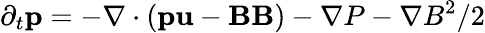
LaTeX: \partial_{t}\mathbf{p}=-\mathbf{\nabla}\cdot\left(\mathbf{p}\mathbf{u}-\mathbf{B}\mathbf{B}\right)-\nabla P-\nabla B^{2}/2